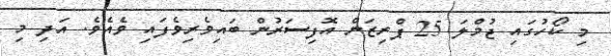
މި ކޯހުގައި ޖުމްލަ 25 ޕްރިޒަން އޮފިސަރުން ބައިވެރިވެފައި ވެއެވެ. އަދި މި